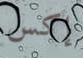
إكس